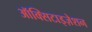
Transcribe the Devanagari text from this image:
ऑक्सिटाइज़ेशन